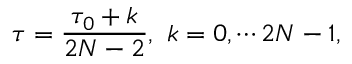
\tau = \frac { \tau _ { 0 } + k } { 2 N - 2 } , ~ k = 0 , \cdots 2 N - 1 ,